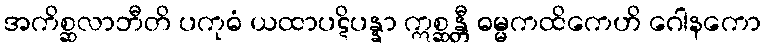
အကိစ္ဆလာဘီတိ ပကုဓံ ယထာပဋိပန္နာ ဣစ္ဆန္တီ ဓမ္မကထိကေဟိ ဂေါနကော